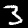
Digit: 3